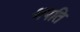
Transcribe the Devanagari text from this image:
श्रपति